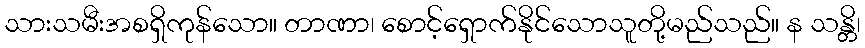
သားသမီးအစရှိကုန်သော။ တာဏာ၊ စောင့်ရှောက်နိုင်သောသူတို့မည်သည်။ န သန္တိ၊